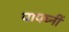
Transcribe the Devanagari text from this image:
पापघ्नीं